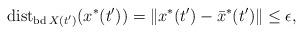
LaTeX: \begin{align*}{\rm dist}_{{\rm bd}\,X(t')}(x^*(t'))=\|x^*(t')-\bar{x}^*(t')\|\leq\epsilon,\end{align*}